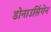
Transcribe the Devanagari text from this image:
डोनाउसिंगेन